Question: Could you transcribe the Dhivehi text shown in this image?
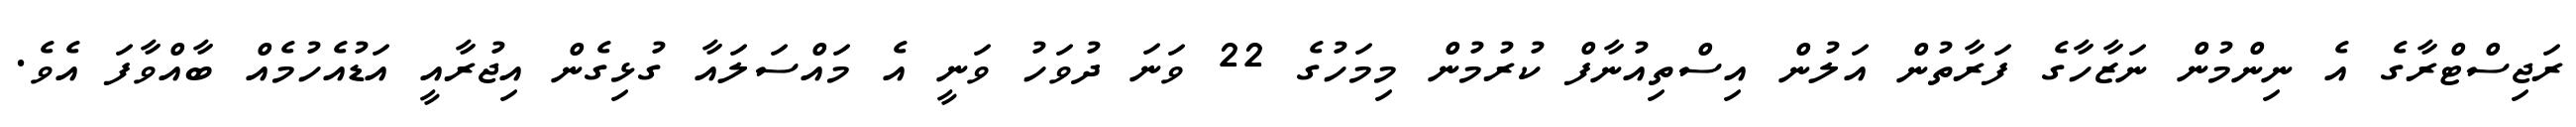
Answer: ރަޖިސްޓްރާގެ އެ ނިންމުން ނަޒާހާގެ ފަރާތުން އަލުން އިސްތިއުނާފް ކުރުމުން މިމަހުގެ 22 ވަނަ ދުވަހު ވަނީ އެ މައްސަލައާ ގުޅިގެން އިޖުރާއީ އަޑުއެހުމެއް ބާއްވާފަ އެވެ.